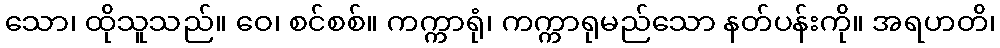
သော၊ ထိုသူသည်။ ဝေ၊ စင်စစ်။ ကက္ကာရုံ၊ ကက္ကာရုမည်သော နတ်ပန်းကို။ အရဟတိ၊